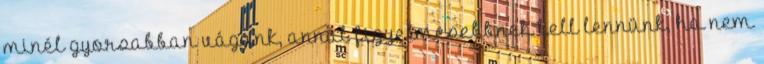
minél gyorsabban vágunk, annál figyelmesebbnek kell lennünk, ha nem